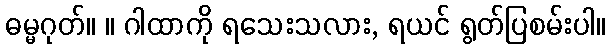
ဓမ္မဂုတ်။ ။ ဂါထာကို ရသေးသလား, ရယင် ရွတ်ပြစမ်းပါ။